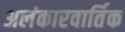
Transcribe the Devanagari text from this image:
अलंकारवार्तिक